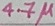
Text: 4.7µ